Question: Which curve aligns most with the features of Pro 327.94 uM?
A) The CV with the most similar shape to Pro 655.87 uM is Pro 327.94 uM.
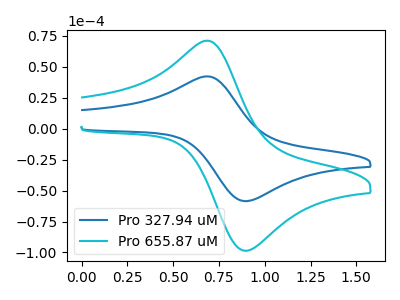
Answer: <think>The blue curve "Pro 327.94 uM" has an anodic peak at (0.70V, 42.15uA) and a cathodic peak at (0.90V, -58.45uA). The cyan curve "Pro 655.87 uM" has an anodic peak at (0.70V, 70.95uA) and a cathodic peak at (0.90V, -98.45uA).
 All the peaks in "Pro 327.94 uM" have a peak in "Pro 655.87 uM" at the same potential. Every peak in "Pro 327.94 uM" is lower than every peak in "Pro 655.87 uM".</think>
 <answer>A) The CV with the most similar shape to "Pro 655.87 uM" is "Pro 327.94 uM".</answer>
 <eval>A</eval>